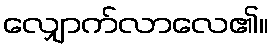
လျှောက်လာလေ၏။